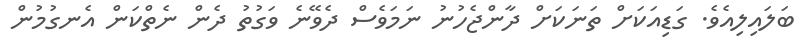
ބަލައިލިއެވެ. ގަޑިއަކަށް ތަނަކަށް ދާންޖެހުނު ނަމަވެސް ދެވޭނެ ވަގުތު ދެން ނެތްކަން އެނގުމުން